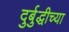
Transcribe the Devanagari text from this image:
दुर्बुद्धीच्या